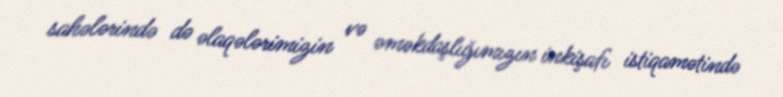
sahələrində də əlaqələrimizin və əməkdaşlığımızın inkişafı istiqamətində